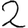
Digit: 2